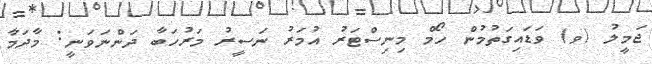
ޖަމީލު (ވ) ވަޑައިގަތުމުން ހޯމް މިނިސްޓަރު އުމަރު ނަސީރު މަރުހަބާ ދަންނަވަނީ: މާދަމާ